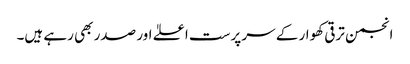
انجمن ترقی کھوار کے سر پرست اعلےٰ اور صدر بھی رہے ہیں۔